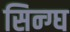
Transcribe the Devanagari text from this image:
सिन्ग्घ